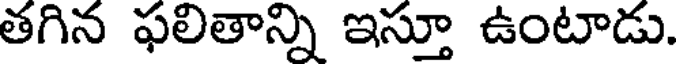
తగిన ఫలితాన్ని ఇస్తూ ఉంటాడు.